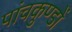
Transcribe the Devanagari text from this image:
पांचकुण्डों